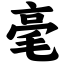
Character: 毫